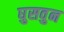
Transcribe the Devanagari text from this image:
घुसवुन